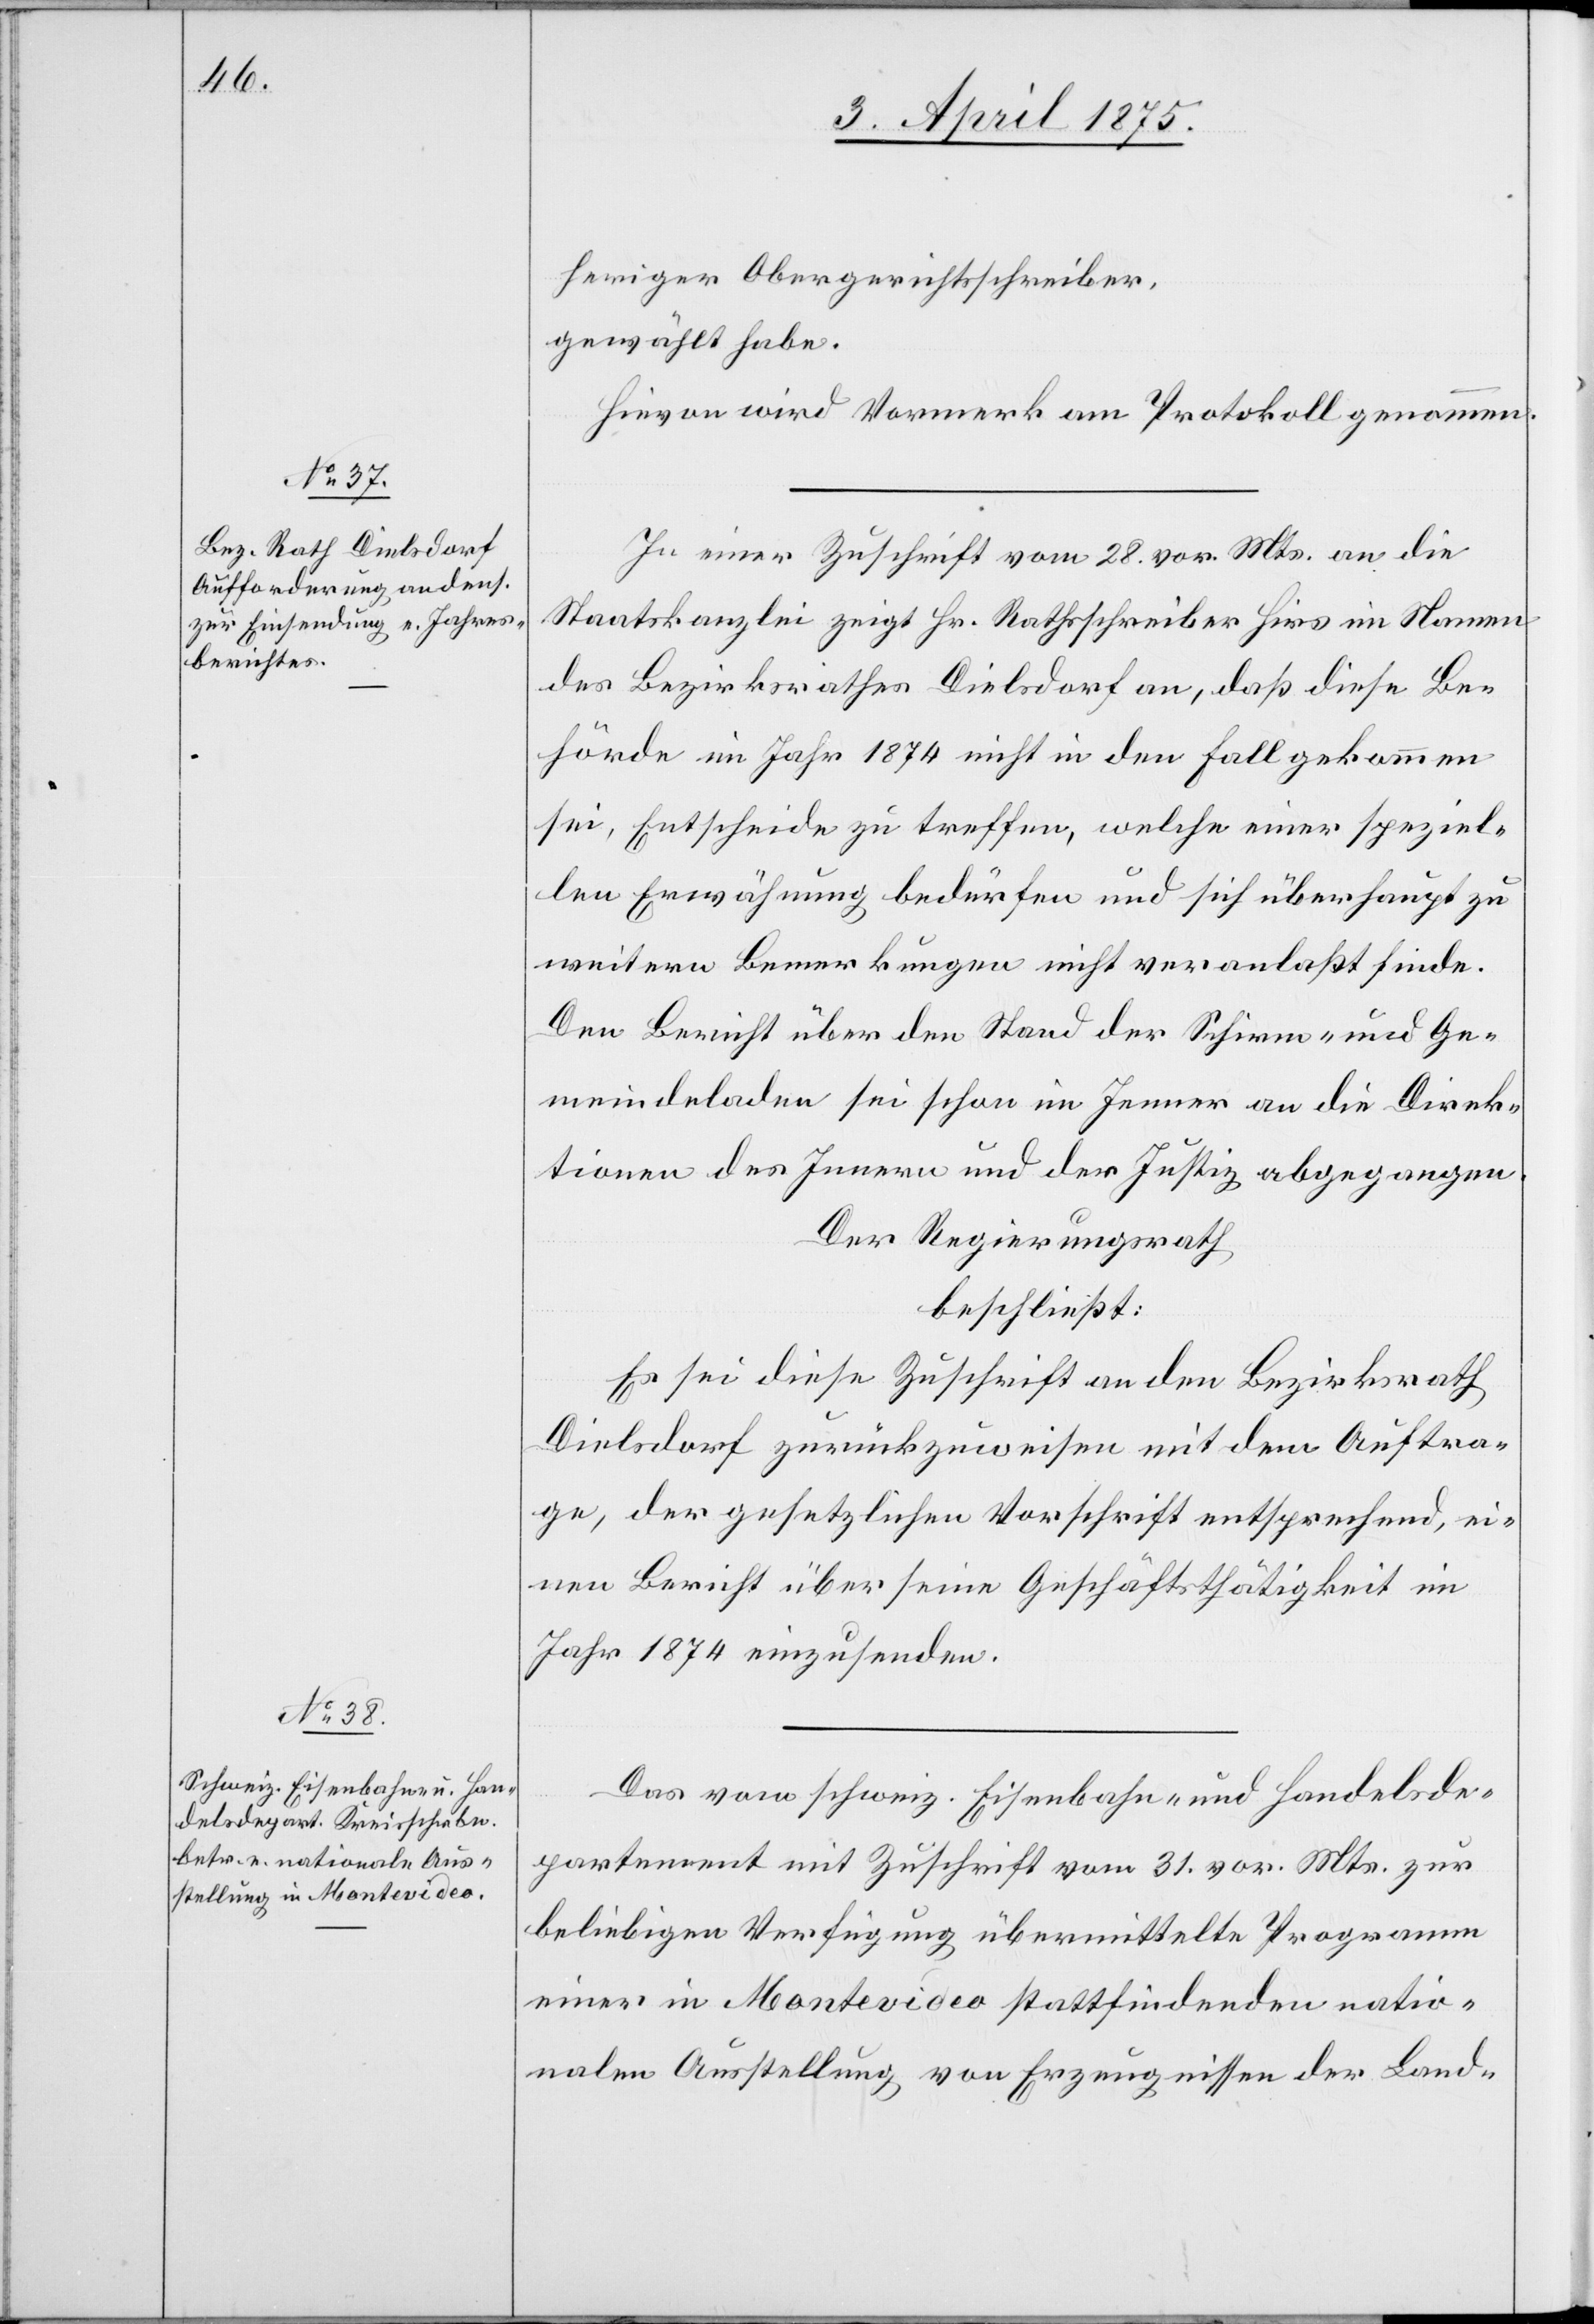
herigen Obergerichtsschreiber,
gewählt habe.
Hievon wird Vormerk am Protokoll genommen.
In einer Zuschrift vom 28. vor. Mts. an die
Staatskanzlei zeigt Hr. Rathschreiber Hirs im Namen
des Bezirksrathes Dielsdorf an, daß diese Be¬
hörde im Jahr 1874 nicht in den Fall gekommen
sei, Entscheide zu treffen, welche einer speziel¬
len Erwähnung bedürfen und sich überhaupt zu
weiteren Bemerkungen nicht veranlaßt finde.
Den Bericht über den Stand der Schirm- und Ge¬
meindeladen sei schon im Jenner an die Direk¬
tionen des Innern und der Justiz abgegangen.
Der Regierungsrath,
beschließt:
Es sei diese Zuschrift an den Bezirksrath
Dielsdorf zurückzuweisen mit dem Auftra¬
ge, der gesetzlichen Vorschrift entsprechend, ei¬
nen Bericht über seine Geschäftstätigkeit im
Jahr 1874 einzusenden.
Das vom schweiz. Eisenbahn- und Handelsde¬
partement mit Zuschrift vom 31. vor. Mts. zur
beliebigen Verfügung übermittelte Programm
einer in Montevideo stattfindenden natio¬
nalen Ausstellung von Erzeugnissen der Land-